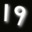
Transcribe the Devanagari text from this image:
।१